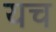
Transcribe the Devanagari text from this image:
यच